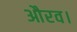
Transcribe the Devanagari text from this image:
औरव।